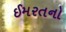
ઈમરતનો